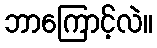
ဘာကြောင့်လဲ။